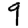
Digit: 9